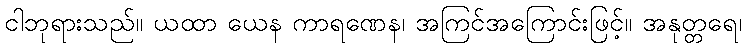
ငါဘုရားသည်။ ယထာ ယေန ကာရဏေန၊ အကြင်အကြောင်းဖြင့်။ အနုတ္တရေ၊